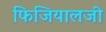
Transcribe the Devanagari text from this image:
फिजियालजी